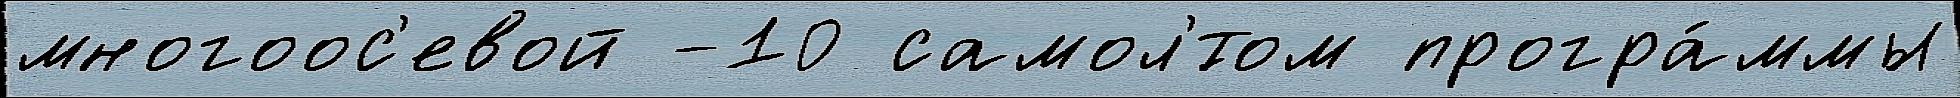
многоос'евой -10 самол'́том програ́ммы